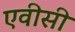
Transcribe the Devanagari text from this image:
एवीसी